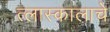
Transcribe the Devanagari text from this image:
त्लास्कालाचे